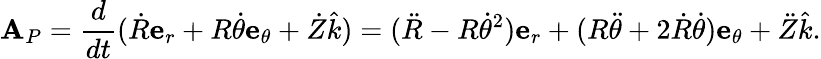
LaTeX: {\textbf{A}}_{P}={\frac{d}{dt}}({\dot{R}}{\textbf{e}}_{r}+R{\dot{\theta}}{\textbf{e}}_{\theta}+{\dot{Z}}{\hat{k}})=({\ddot{R}}-R{\dot{\theta}}^{2}){\textbf{e}}_{r}+(R{\ddot{\theta}}+2{\dot{R}}{\dot{\theta}}){\textbf{e}}_{\theta}+{\ddot{Z}}{\hat{k}}.